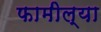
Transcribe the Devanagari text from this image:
फामील्या